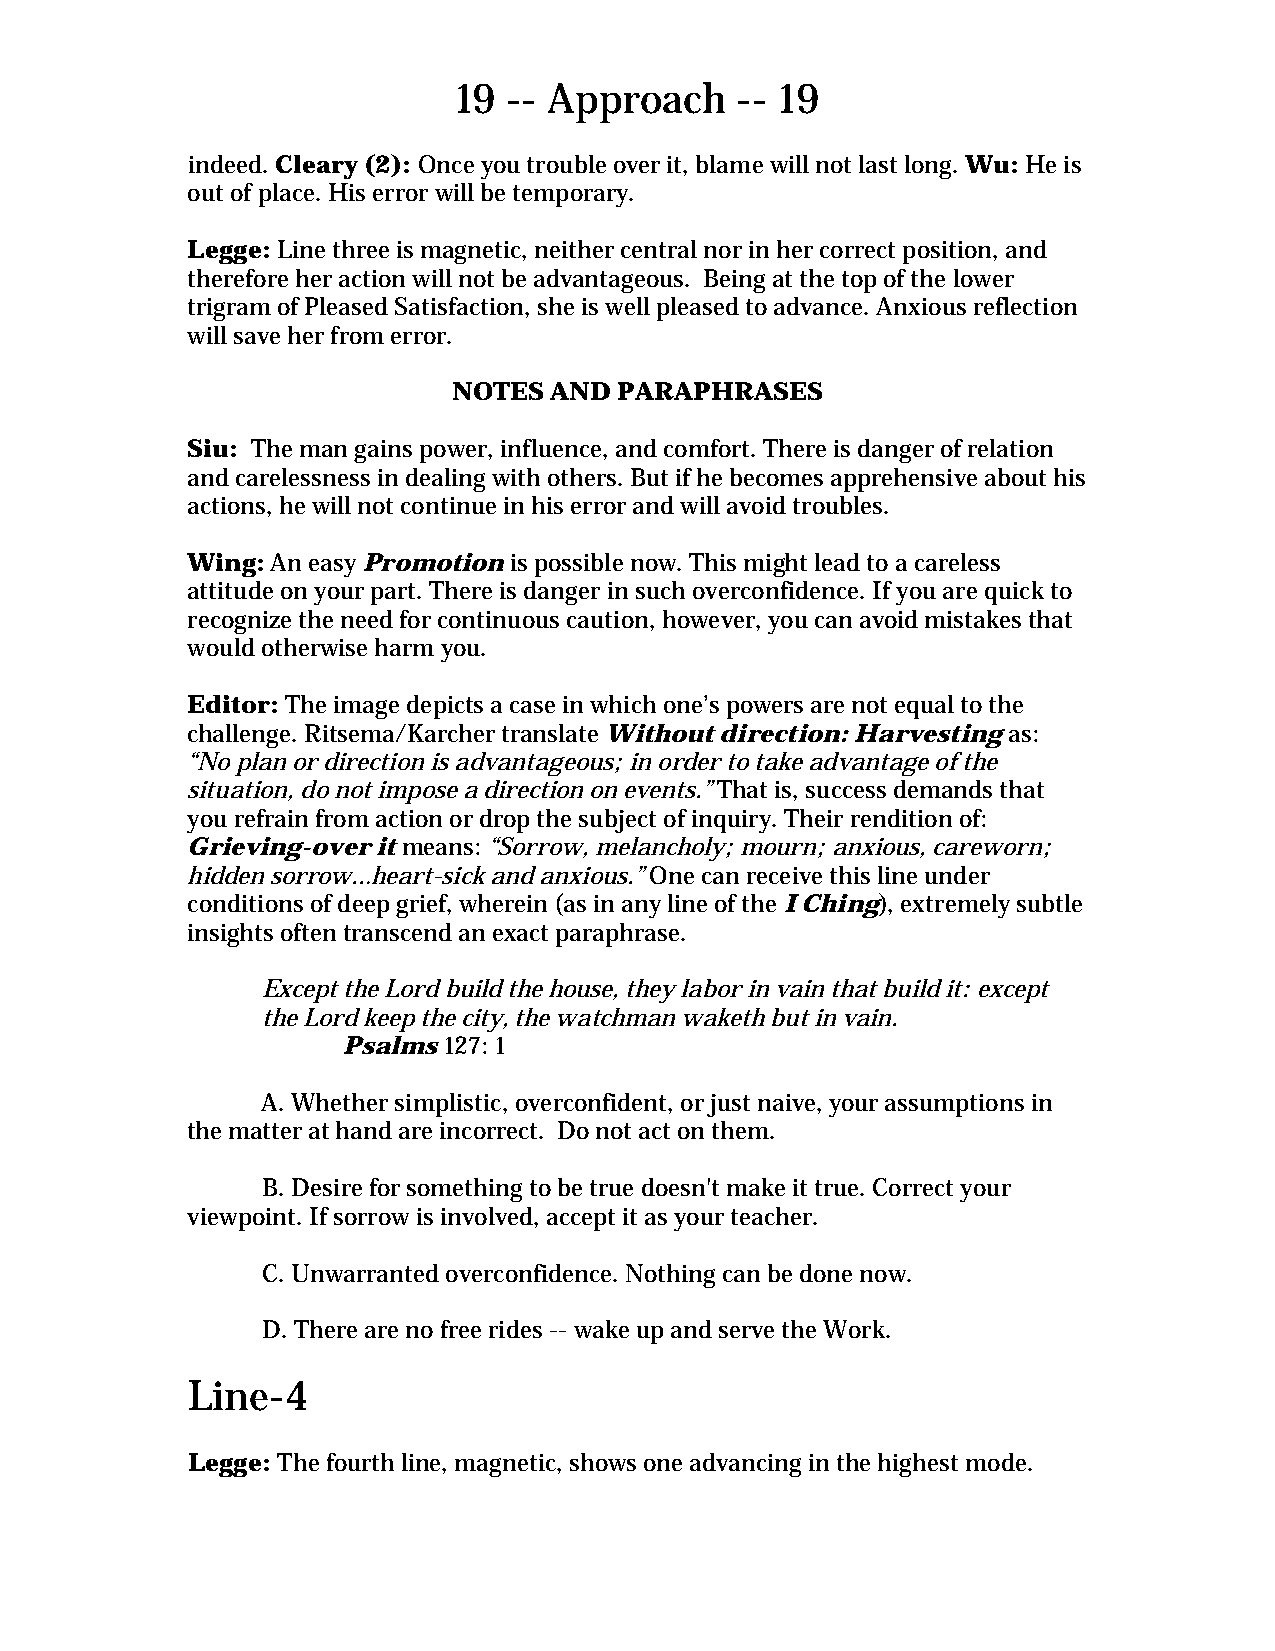
19  -- Approach    -- 19
 indeed. Cleary (2): Once you trouble over it, blame will not last long. Wu: He is
 out of place. His error will be temporary.
 Legge: Line three is magnetic, neither central nor in her correct position, and
 therefore her action will not be advantageous. Being at the top of the lower
 trigram of Pleased Satisfaction, she is well pleased to advance. Anxious reflection
 will save her from error.
 NOTES AND  PARAPHRASES
 Siu: The man gains power, influence, and comfort. There is danger of relation
 and carelessness in dealing with others. But if he becomes apprehensive about his
 actions, he will not continue in his error and will avoid troubles.
 Wing: An easy Promotion is possible now. This might lead to a careless
 attitude on your part. There is danger in such overconfidence. If you are quick to
 recognize the need for continuous caution, however, you can avoid mistakes that
 would otherwise harm you.
 Editor: The image depicts a case in which one’s powers are not equal to the
 challenge. Ritsema/Karcher translate Without direction: Harvesting as:
 “No plan or direction is advantageous; in order to take advantage of the
 situation, do not impose a direction on events.” That is, success demands that
 you refrain from action or drop the subject of inquiry. Their rendition of:
 Grieving-over it means: “Sorrow, melancholy; mourn; anxious, careworn;
 hidden sorrow…heart-sick and anxious.” One can receive this line under
 conditions of deep grief, wherein (as in any line of the I Ching), extremely subtle
 insights often transcend an exact paraphrase.
 Except the Lord build the house, they labor in vain that build it: except
 the Lord keep the city, the watchman waketh but in vain.
 Psalms 127: 1
 A. Whether simplistic, overconfident, or just naive, your assumptions in
 the matter at hand are incorrect. Do not act on them.
 B. Desire for something to be true doesn't make it true. Correct your
 viewpoint. If sorrow is involved, accept it as your teacher.
 C. Unwarranted overconfidence. Nothing can be done now.
 D. There are no free rides -- wake up and serve the Work.
 Line-4
 Legge: The fourth line, magnetic, shows one advancing in the highest mode.